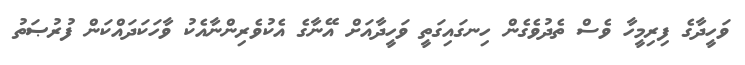
ވަހީދާގެ ފިރިމީހާ ވެސް ތެދުވެގެން ހިނގައިގަތީ ވަހީދާއަށް އޭނާގެ އެކުވެރިންނާއެކު ވާހަކަދައްކަން ފުރުޞަތު